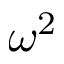
\omega ^ { 2 }